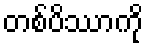
တစ်ပိဿာကို